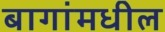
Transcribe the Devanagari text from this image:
बागांमधील